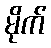
မိုက်